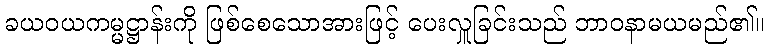
ခယဝယကမ္မဋ္ဌာန်းကို ဖြစ်စေသောအားဖြင့် ပေးလှူခြင်းသည် ဘာဝနာမယမည်၏။